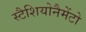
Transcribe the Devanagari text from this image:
स्टैशियोनैमेंटो